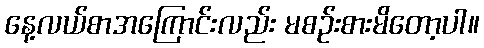
နေ့လယ်စာအကြောင်းလည်း မစဉ်းစားမိတော့ပါ။